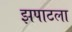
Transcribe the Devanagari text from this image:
झपाटला